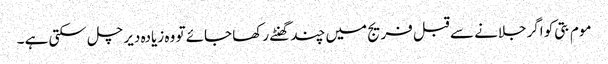
موم بتی کو اگرجلانے سے قبل فریج میں چند گھنٹے رکھا جائے تو وہ زیادہ دیر چل سکتی ہے ۔